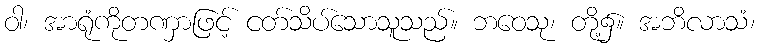
ဝါ၊ အာရုံကိုတဏှာဖြင့် ငတ်သိပ်သောသူသည်။ ဘဝေသု၊ တို့၌။ အဘိလာသံ၊